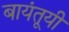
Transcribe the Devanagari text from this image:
बायंतूयी